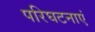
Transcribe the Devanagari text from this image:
परिघटनाएं